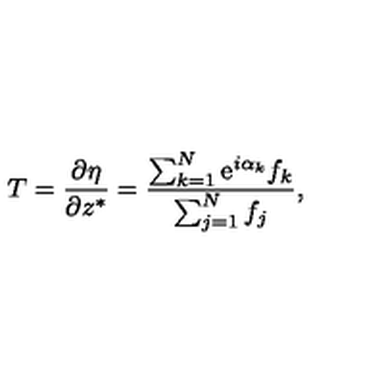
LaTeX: T = { \frac { \partial \eta } { \partial z ^ { * } } } = { \frac { \sum _ { k = 1 } ^ { N } \mathrm { e } ^ { i \alpha _ { k } } f _ { k } } { \sum _ { j = 1 } ^ { N } f _ { j } } } ,